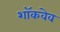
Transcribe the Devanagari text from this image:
शॉकवेव